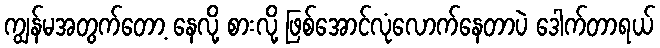
ကျွန်မအတွက်တော့ နေလို့ စားလို့ ဖြစ်အောင်လုံလောက်နေတာပဲ ဒေါက်တာရယ်